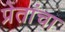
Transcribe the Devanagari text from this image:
प्रेतांचा